Vaccine operations Central Provinces 1886-1899 - 1886-1899
Year: 1886
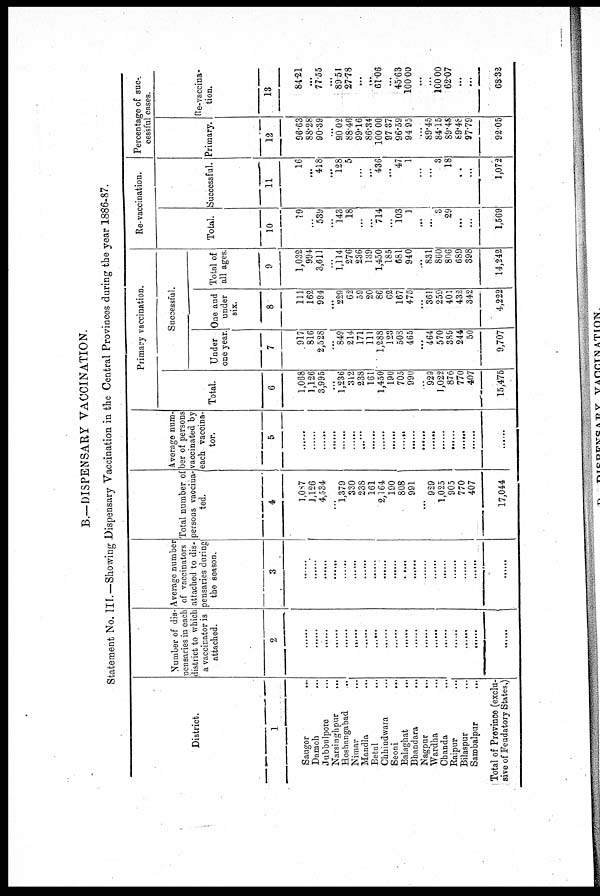
B.— DISPENSARY VACCINATION.
Statement No. III.—Showing Dispensary Vaccination in the Central Provinces during the year 1886-87.
District.
1
Saugor
...
Damoh ...
Jubbulpore ...
Narsinghpur ...
Hoshangabad ...
Nimar ...
Mandla
...
Betul ...
Chhindwara ...
Seoni
...
Balaghat
...
Bhandara ...
Nagpur ...
Wardha ...
Chanda ...
Raipur ...
Bilaspur ...
Sambalpur ...
Total of Province (exclu-
sive of Feudatory States,)
Number of dis-
pensaries in each
district to which
a vaccinator is
attached.
2
......
......
......
......
......
......
......
......
......
......
......
......
......
......
......
......
......
......
Average number
of vaccinators
attached to dis-
pensaries during
the season.
3
......
......
......
......
......
......
......
......
......
......
......
......
......
......
......
......
......
......
......
Total number of
persons vaccina-
ted.
4
1,087
1,126
4,334
...
1,379
330
238
161
2,164
190
808
991
...
929
1,025
905
770
407
17,044
Average num-
ber of persons
vaccinated by
each vaccina-
tor.
5
......
......
......
......
......
......
......
......
......
......
......
......
......
......
......
......
......
......
......
Primary vaccination.
Total.
6
1,068
1,126
3,995
...
1,236
312
238
161
1,430
190
705
990
...
929
1,022
876
770
407
15,476
Successful.
Under
one year.
7
917
816
2,528
...
849
214
171
111
1,288
123
508
465
...
464
570
389
244
50
9,707
One and
under
six.
8
111
162
994
...
229
62
59
20
86
62
167
475
...
361
259
401
432
342
4,222
Total of
all ages.
9
1,032
994
3,611
...
1,114
276
236
139
1,450
185
681
940
...
831
860
806
689
398
14,242
Re-vaccination.
Total.
10
19
...
539
...
143
18
...
...
714
...
103
1
...
...
3
29
...
...
1,569
Successful.
11
16
...
418
...
128
5
...
...
436
...
47
1
...
...
3
18
...
...
1,072
Percentage of suc¬
cessful cases.
Primary.
12
96.63
88.28
90.39
...
90.02
88.46
99.16
86.34
100.00
97.37
96.59
94.95
...
89.45
84.15
89.48
69.48
97.79
92.05
Re-vaccina-
tion.
13
84.21
...
77.55
...
89.51
27.78
...
...
61.06
...
45.63
100.00
...
...
100.00
62.07
...
...
68.32